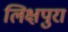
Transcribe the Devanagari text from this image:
लिक्षपुरा